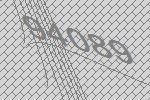
94089